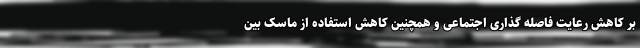
بر کاهش رعایت فاصله گذاری اجتماعی و همچنین کاهش استفاده از ماسک بین